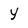
Character: y